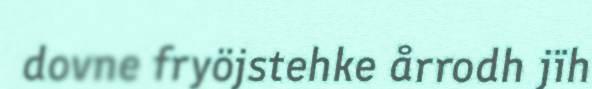
dovne fryöjstehke årrodh jïh